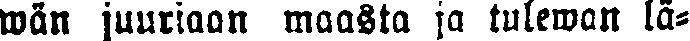
wän juuriaan maasta ja tulewan lä-